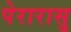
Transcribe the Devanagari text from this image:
पेरारासु